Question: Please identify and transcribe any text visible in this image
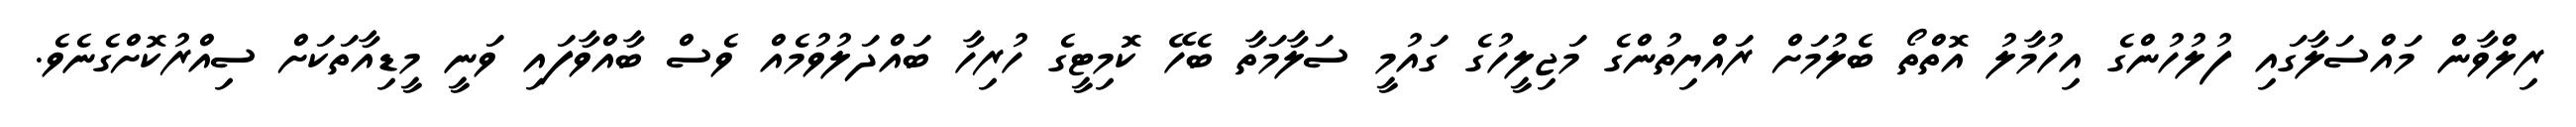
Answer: ރިލްވާން މައްސަލާގައި ފުލުހުންގެ އިހުމާލު އޮތްތޯ ބެލުމަށް ރައްޔިތުންގެ މަޖިލީހުގެ ގައުމީ ސަލާމަތާ ބެހޭ ކޮމިޓީގެ ހުރިހާ ބައްދަލުވުމެއް ވެސް ބާއްވާފައި ވަނީ މީޑިއާތަކަށް ސިއްރުކޮށްގެނެވެ.